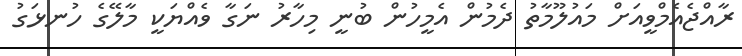
ރާއްޖެއެމްވީއަށް މައުލޫމާތު ދެމުން އެމީހުން ބުނީ މިހާރު ނަގާ ވެއްޔަކީ މާލޭގެ ހުނޅަގު